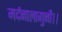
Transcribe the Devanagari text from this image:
मर्दनालागुनी।।